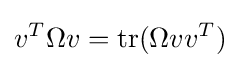
v^{T}\Omega v={\text{tr}}(\Omega vv^{T})